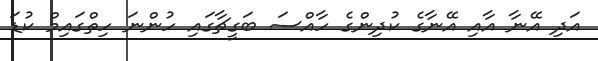
އަދި އޭނާ އާއި އޭނާގެ ކުދިންގެ ހާއްސަ ބަގީޗާގައި ހުންނަ ހިތްގައިމް ކުޑަ